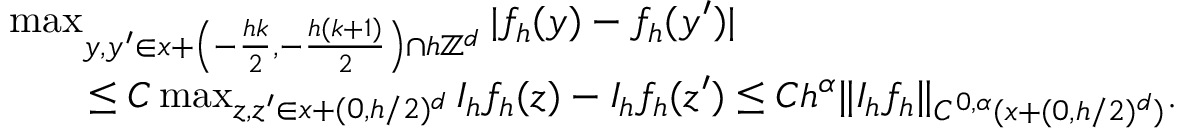
\begin{array} { r l } & { \operatorname* { m a x } _ { y , y ^ { \prime } \in x + \left( - \frac { h k } { 2 } , - \frac { h ( k + 1 ) } { 2 } \right) \cap h \mathbb { Z } ^ { d } } | f _ { h } ( y ) - f _ { h } ( y ^ { \prime } ) | } \\ & { \qquad \le C \operatorname* { m a x } _ { z , z ^ { \prime } \in x + ( 0 , h / 2 ) ^ { d } } I _ { h } f _ { h } ( z ) - I _ { h } f _ { h } ( z ^ { \prime } ) \le C h ^ { \alpha } \| I _ { h } f _ { h } \| _ { C ^ { 0 , \alpha } ( x + ( 0 , h / 2 ) ^ { d } ) } . } \end{array}